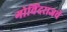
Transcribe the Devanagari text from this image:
गोविंदराजचे